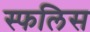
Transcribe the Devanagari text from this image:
स्फलिस